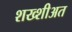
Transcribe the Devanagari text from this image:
शख्शीअत